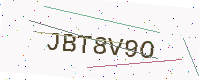
Text: JBT8V9O